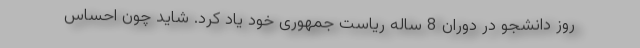
روز دانشجو در دوران 8 ساله ریاست جمهوری خود یاد کرد. شاید چون احساس